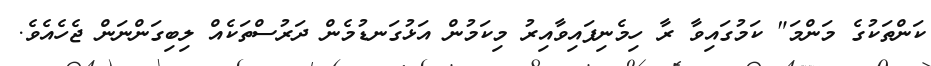
ކަންތަކުގެ މަންމަ" ކަމުގައިވާ ރާ ހިމެނިފައިވާއިރު މިކަމުން އަޅުގަނޑުމެން ދަރުސްތަކެއް ލިބިގަންނަން ޖެހެއެވެ.